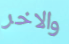
والاخر